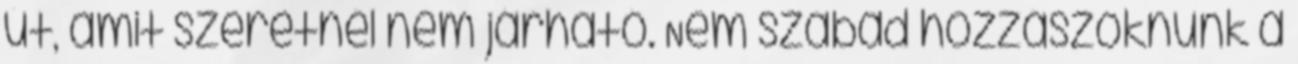
út, amit szeretnél nem járható. Nem szabad hozzászoknunk a